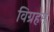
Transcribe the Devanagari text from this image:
विग्रहम